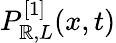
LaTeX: P_{\mathbb{R},L}^{[1]}(x,t)